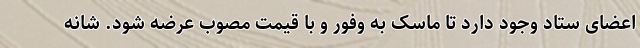
اعضای ستاد وجود دارد تا ماسک به وفور و با قیمت مصوب عرضه شود. شانه